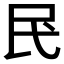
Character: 𫞖